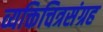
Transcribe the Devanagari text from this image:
व्यक्तिचित्रसंग्रह